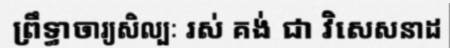
ព្រឹទ្ធាចារ្យសិល្បៈ រស់ គង់ ជា វិសេសនាដ